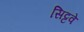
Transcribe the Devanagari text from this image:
सिट्टवे